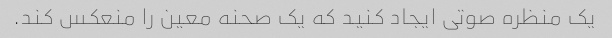
یک منظره صوتی ایجاد کنید که یک صحنه معین را منعکس کند.